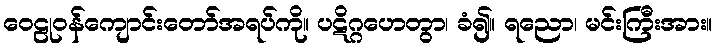
ဝေဠုဝန်ကျောင်းတော်အရပ်ကို။ ပဋိဂ္ဂဟေတွာ၊ ခံ၍။ ရညော၊ မင်းကြီးအား။